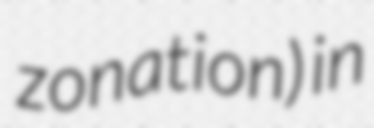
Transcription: zonation) in